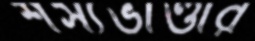
শস্যভাণ্ডার